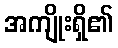
အကျိုးရှိ၏